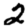
Digit: 2